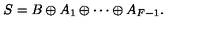
S = B \oplus A _ { 1 } \oplus \cdots \oplus A _ { F - 1 } .